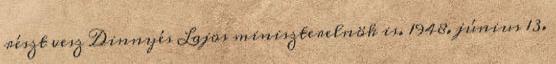
részt vesz Dinnyés Lajos miniszterelnök is. 1948. június 13.